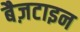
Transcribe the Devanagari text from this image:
बैज़टाइन